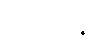
ယောပါနုဒီ